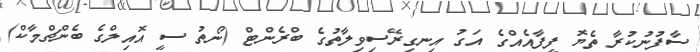
ސާފުނުކުރާ ތެޔޮ ފީފާއެއްގެ އަގު އިނގިރޭސިވިލާތުގެ ބްރެންޓް (ނޯތު ސީ އޮއިލްގެ ބެންޗްމާކް)